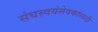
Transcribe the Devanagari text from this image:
संघस्वयंसेवकांसाठी